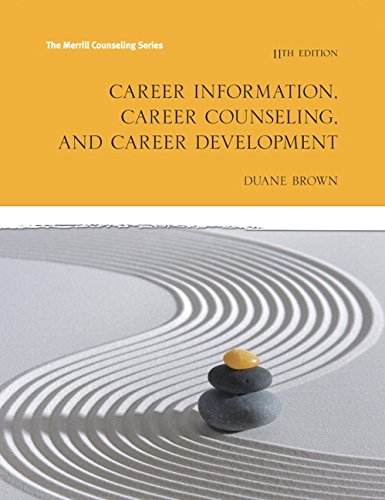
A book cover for Career Information, Career Counseling and Career Development (11th Edition) (The Merrill Counseling); Duane Brown; Education & Teaching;